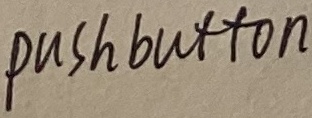
Text: pushbutton